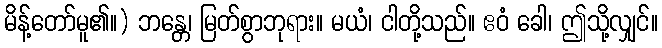
မိန့်တော်မူ၏။) ဘန္တေ၊ မြတ်စွာဘုရား။ မယံ၊ ငါတို့သည်။ ဧဝံ ခေါ၊ ဤသို့လျှင်။